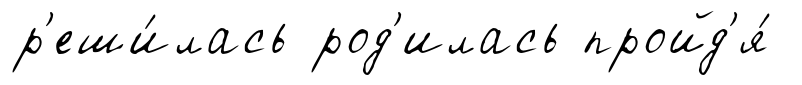
р'еши́лась род'илась пройд'я́